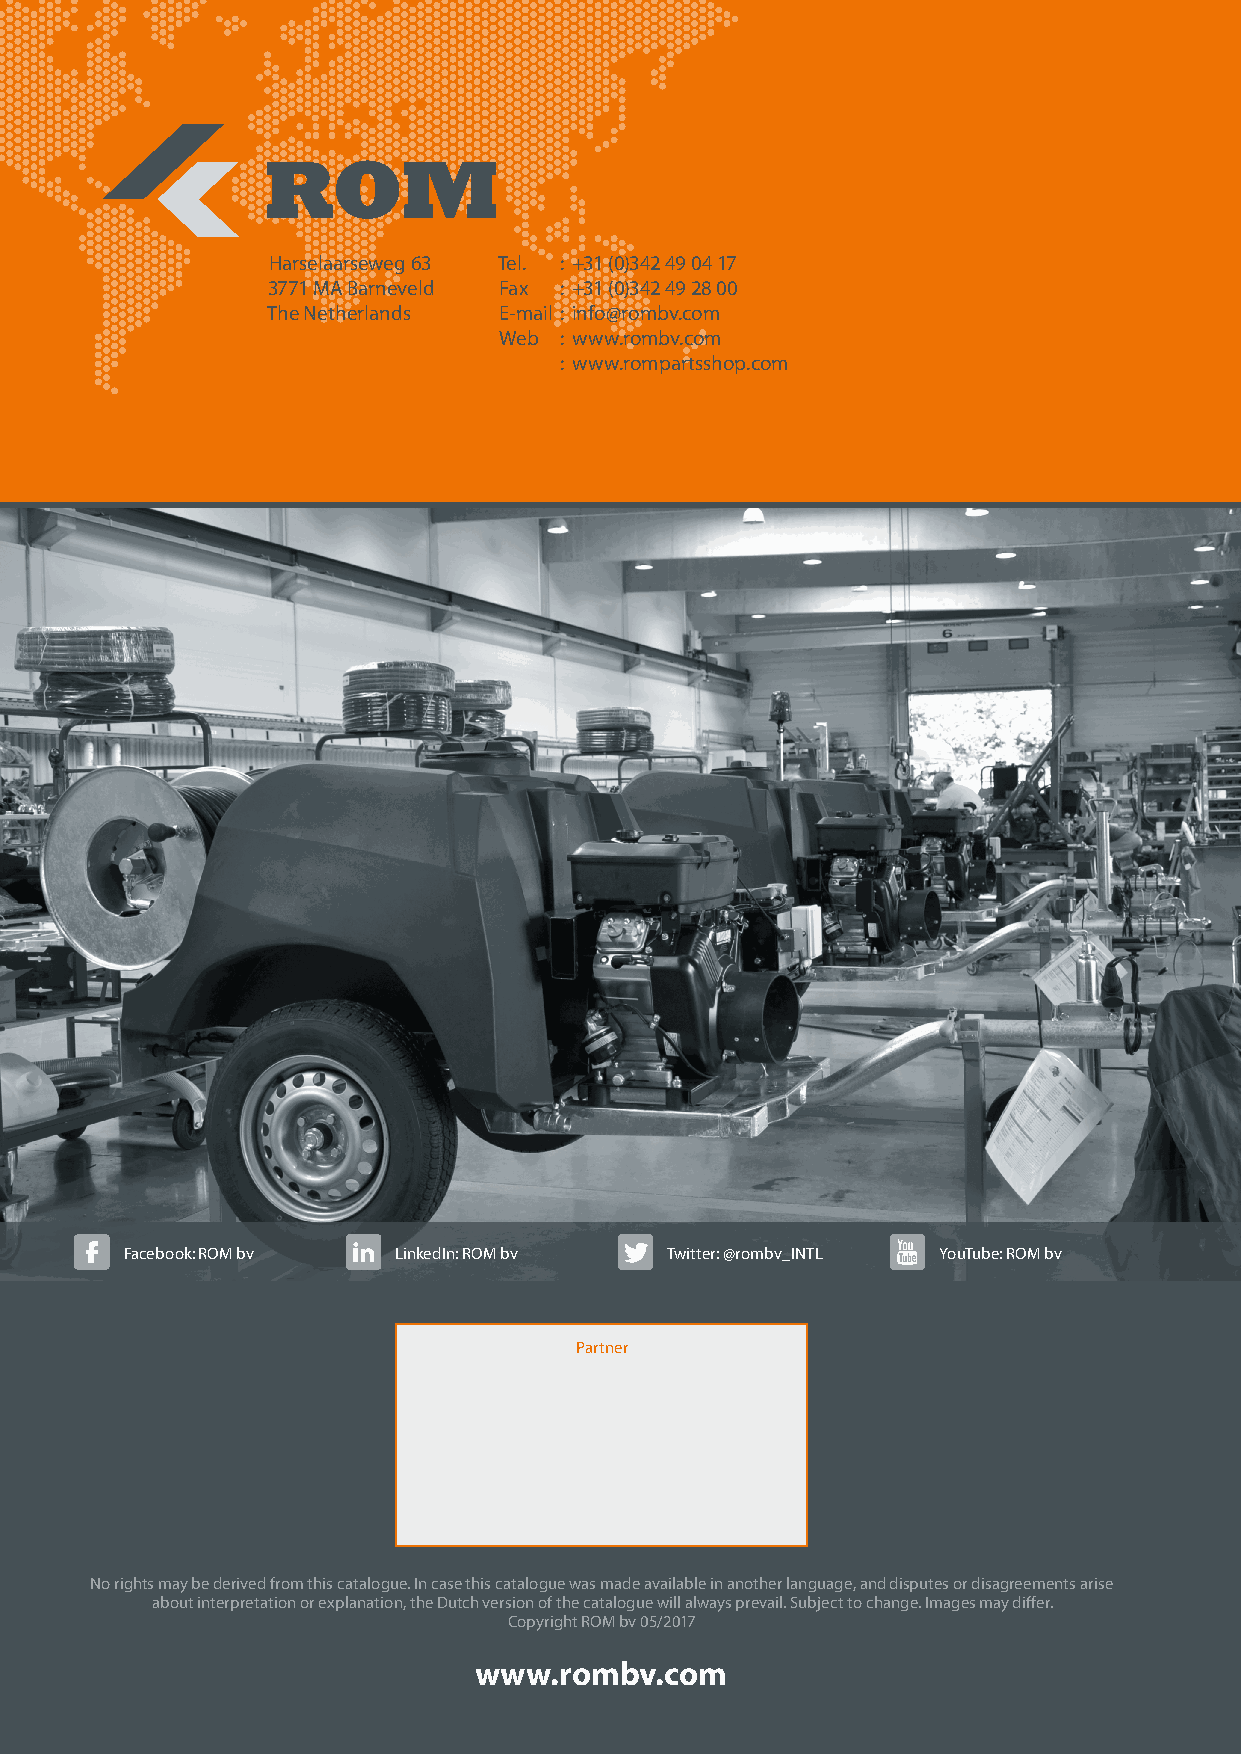
Harselaarseweg 63 Tel. : +31 (0)342 49 04 17
 3771 MA Barneveld Fax : +31 (0)342 49 28 00
 The Netherlands E-mail : info@rombv.com
 Web : www.rombv.com
 : www.rompartsshop.com
 Facebook: ROM bv  LinkedIn: ROM bv  Twitter: @rombv_INTL YouTube: ROM bv
 Partner
 No rights may be derived from this catalogue. In case this catalogue was made available in another language, and disputes or disagreements arise
 about interpretation or explanation, the Dutch version of the catalogue will always prevail. Subject to change. Images may differ.
 Copyright ROM bv 05/2017
 www.rombv.com